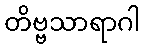
တိဗ္ဗသာရာဂါ